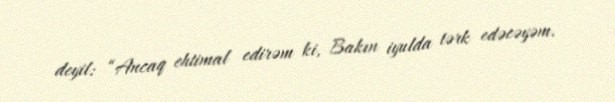
deyil: “Ancaq ehtimal edirəm ki, Bakın iyulda tərk edəcəyəm.